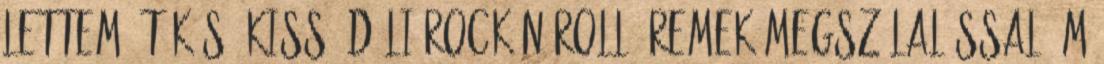
lettem. Tökös, kissé déli rock’n roll, remek megszólalással ám